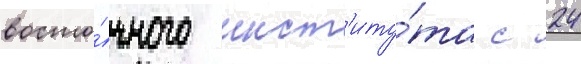
восто́чного инст'иту́та с 24